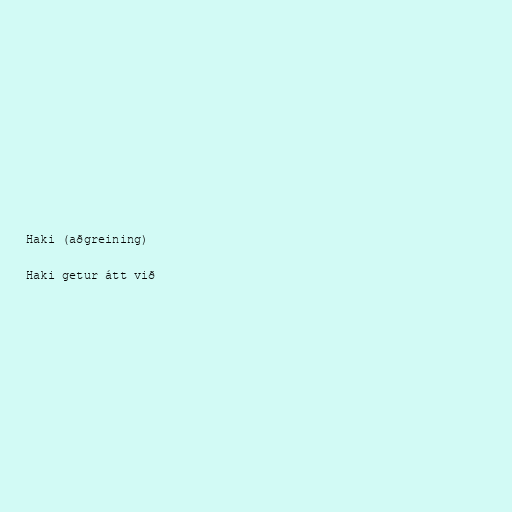
Haki (aðgreining)

Haki getur átt við